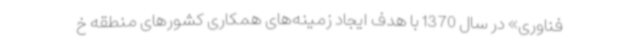
فناوری» در سال 1370 با هدف ایجاد زمینه‌های همکاری کشورهای منطقه خ